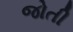
જોતી